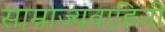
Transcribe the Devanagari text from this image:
साम्राज्यवाहिनी